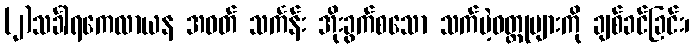
(၂)သင်္ခါရကေလာယန အဝတ် သင်္ကန်း အိုးခွက်စသော သက်မဲ့ဝတ္ထုများကို ချစ်ခင်ခြင်း၊